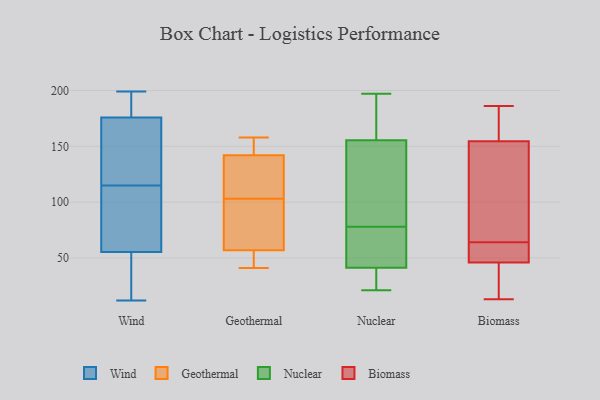
{"axis": {"x": "Demand Index", "y": "Value"}, "legend": ["Biomass", "Geothermal", "Nuclear", "Wind"], "data": [{"x": "", "y": 21, "type": "Wind"}, {"x": "", "y": 105, "type": "Wind"}, {"x": "", "y": 40, "type": "Wind"}, {"x": "", "y": 44, "type": "Wind"}, {"x": "", "y": 59, "type": "Wind"}, {"x": "", "y": 115, "type": "Wind"}, {"x": "", "y": 195, "type": "Wind"}, {"x": "", "y": 12, "type": "Wind"}, {"x": "", "y": 189, "type": "Wind"}, {"x": "", "y": 160, "type": "Wind"}, {"x": "", "y": 181, "type": "Wind"}, {"x": "", "y": 102, "type": "Wind"}, {"x": "", "y": 159, "type": "Wind"}, {"x": "", "y": 174, "type": "Wind"}, {"x": "", "y": 165, "type": "Wind"}, {"x": "", "y": 93, "type": "Wind"}, {"x": "", "y": 199, "type": "Wind"}, {"x": "", "y": 57, "type": "Geothermal"}, {"x": "", "y": 158, "type": "Geothermal"}, {"x": "", "y": 154, "type": "Geothermal"}, {"x": "", "y": 156, "type": "Geothermal"}, {"x": "", "y": 41, "type": "Geothermal"}, {"x": "", "y": 142, "type": "Geothermal"}, {"x": "", "y": 82, "type": "Geothermal"}, {"x": "", "y": 124, "type": "Geothermal"}, {"x": "", "y": 67, "type": "Geothermal"}, {"x": "", "y": 80, "type": "Geothermal"}, {"x": "", "y": 137, "type": "Geothermal"}, {"x": "", "y": 140, "type": "Geothermal"}, {"x": "", "y": 46, "type": "Geothermal"}, {"x": "", "y": 46, "type": "Geothermal"}, {"x": "", "y": 152, "type": "Nuclear"}, {"x": "", "y": 43, "type": "Nuclear"}, {"x": "", "y": 21, "type": "Nuclear"}, {"x": "", "y": 25, "type": "Nuclear"}, {"x": "", "y": 194, "type": "Nuclear"}, {"x": "", "y": 63, "type": "Nuclear"}, {"x": "", "y": 166, "type": "Nuclear"}, {"x": "", "y": 36, "type": "Nuclear"}, {"x": "", "y": 77, "type": "Nuclear"}, {"x": "", "y": 197, "type": "Nuclear"}, {"x": "", "y": 139, "type": "Nuclear"}, {"x": "", "y": 24, "type": "Nuclear"}, {"x": "", "y": 175, "type": "Nuclear"}, {"x": "", "y": 109, "type": "Nuclear"}, {"x": "", "y": 78, "type": "Nuclear"}, {"x": "", "y": 95, "type": "Nuclear"}, {"x": "", "y": 61, "type": "Nuclear"}, {"x": "", "y": 186, "type": "Biomass"}, {"x": "", "y": 13, "type": "Biomass"}, {"x": "", "y": 168, "type": "Biomass"}, {"x": "", "y": 56, "type": "Biomass"}, {"x": "", "y": 64, "type": "Biomass"}, {"x": "", "y": 150, "type": "Biomass"}, {"x": "", "y": 43, "type": "Biomass"}, {"x": "", "y": 119, "type": "Biomass"}, {"x": "", "y": 47, "type": "Biomass"}, {"x": "", "y": 179, "type": "Biomass"}, {"x": "", "y": 58, "type": "Biomass"}, {"x": "", "y": 33, "type": "Biomass"}, {"x": "", "y": 97, "type": "Biomass"}]}